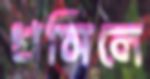
খসিলে